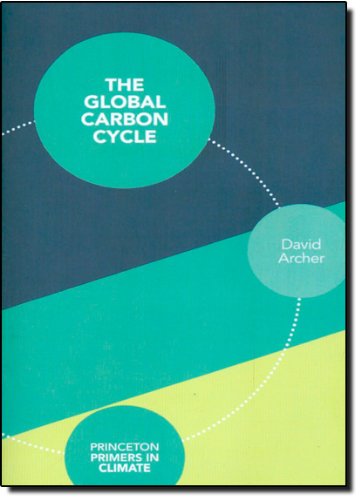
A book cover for The Global Carbon Cycle (Princeton Primers in Climate); David Archer; Science & Math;